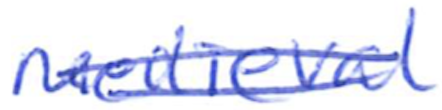
Text: medieval
Cross-out: double-line
Writing tool: ballpoint